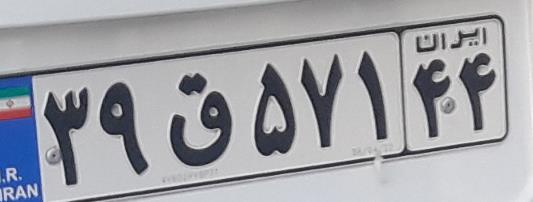
۳۹ق۵۷۱۴۴